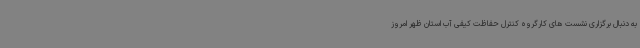
به دنبال برگزاری نشست های کارگروه کنترل حفاظت کیفی آب استان ظهر امروز